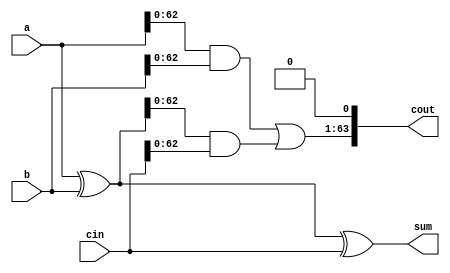
module FullAdder (
    input  wire  [63:0] a,
    input  wire  [63:0] b,
    input  wire  [63:0] cin,
    output wire [63:0] sum,
    output wire [63:0] cout
);

assign sum = a ^ b ^ cin;
assign cout = ((a & b) | ((a ^ b) & cin))<< 1'b1;


endmodule

module WallaceTreeMultiplier (
    input wire signed [31:0] A,
    input wire signed [31:0] B,
    output wire signed [63:0] out
);
    // Generate the partial products
    wire [63:0] p[63:0];
    wire [63:0] SignedExtendedA , SignedExtendedB;
    assign SignedExtendedA = {{32{A[31]}} , A};
    assign SignedExtendedB = {{32{B[31]}} , B};

    genvar i; 
    generate
	for (i = 0; i < 64; i = i + 1) begin: signExtend
		assign p[i] = SignedExtendedB[i] == 1'b1 ? SignedExtendedA << i : 64'b0;
	end
	endgenerate
    // generate 
    wire[63:0] g[41:0];
    generate
    for (i = 0 ; i < 21 ; i= i+1 ) begin: level1
        FullAdder x6(p[i*3],p[i*3+1],p[i*3+2],g[i],g[i+21]);
    end 
    endgenerate

    //2nd stage 
    wire[63:0] g2[27:0];
    generate
        for (i=0 ; i < 14 ; i = i+1) begin: level2
        FullAdder x5(g[i*3],g[i*3+1],g[i*3+2],g2[i],g2[i+14]);
    end
    endgenerate
    
    //g2[27] & p[63] are left
    wire[63:0] g3[17:0];

    generate
    for (i=0 ; i < 9 ; i = i+1) begin: level3
        FullAdder x0(g2[i*3],g2[i*3+1],g2[i*3+2],g3[i],g3[i+9]);
    end
    endgenerate

    wire[63:0] g4[11:0];

    generate
    for (i=0 ; i < 6 ; i = i+1) begin: level4
        FullAdder x1(g3[i*3],g3[i*3+1],g3[i*3+2],g4[i],g4[i+6]);
    end
    endgenerate

    wire[63:0] g5[7:0];
    generate
    for (i=0 ; i < 4 ; i = i+1) begin: level5
        FullAdder x2(g4[i*3],g4[i*3+1],g4[i*3+2],g5[i],g5[i+4]);
    end
    endgenerate
    wire[63:0] g6[5:0];
    FullAdder F0(g5[0],g5[1],g5[2],g6[0],g6[1]);
    FullAdder F1(g5[3],g5[4],g5[5],g6[2],g6[3]);
    FullAdder F2(g5[6],g5[7],g2[27],g6[4],g6[5]);
    
    wire[63:0] g7[3:0];
    FullAdder F3(g6[0],g6[1],g6[2],g7[0],g7[1]);
    FullAdder F4(g6[3],g6[4],g6[5],g7[2],g7[3]);

    //? g7[3] & p[63] are left
    wire[63:0] g8[1:0];
    FullAdder F5(g7[0],g7[1],g7[2],g8[0],g8[1]);

    wire[63:0] g9[1:0];
    FullAdder F6(g8[0],g8[1],g7[3],g9[0],g9[1]);

    wire[63:0] g10[1:0];
    FullAdder F7(g9[0],g9[1],p[63],g10[0],g10[1]);

    assign out = g10[1] + g10[0];
endmodule